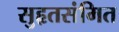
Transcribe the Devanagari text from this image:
सुहृतसंमित